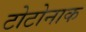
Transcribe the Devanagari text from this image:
टोटोनाक